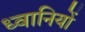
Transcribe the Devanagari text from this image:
ध्वानियों